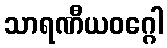
သာရဏီယဝဂ္ဂေါ